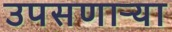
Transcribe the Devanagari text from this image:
उपसणाऱ्या